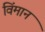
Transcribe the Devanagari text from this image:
विंमान